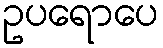
ဥပရောပေ